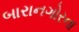
બારાનગોરના